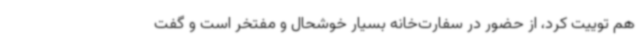
هم توییت کرد، از حضور در سفارت‌خانه بسیار خوشحال و مفتخر است و گفت